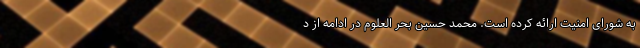
به شورای امنیت ارائه کرده است. محمد حسین بحر العلوم در ادامه از د